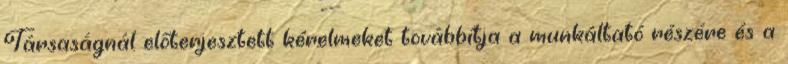
Társaságnál előterjesztett kérelmeket továbbítja a munkáltató részére és a